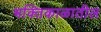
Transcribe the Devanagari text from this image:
भक्तिकाळातील